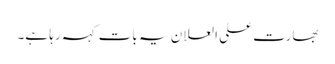
بھارت علی العلان یہ بات کہہ رہا ہے۔